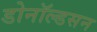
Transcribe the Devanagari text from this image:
डोनॉल्डसन